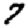
Digit: 7